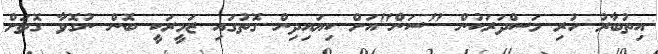
އިތުބާރު ހުރި މަސްދަރަކުން "ސަން"އަށް ކިޔައިދިން ގޮތުގައި ޒަމީރަކީ ބޮން ނުގޮވާ ގޮތަށް